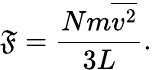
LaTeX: \mathfrak{F}={\frac{{Nm{\overline{{{v^{2}}}}}}}{{3L}}}.